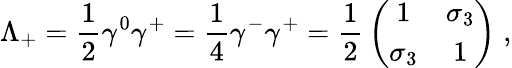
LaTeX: \Lambda_{+}={\frac{1}{2}}\gamma^{0}\gamma^{+}={\frac{1}{4}}\gamma^{-}\gamma^{+}={\frac{1}{2}}\left(\begin{array}{cc}{{1}}&{{\sigma_{3}}}\\ {{\sigma_{3}}}&{{1}}\end{array}\right)\; ,